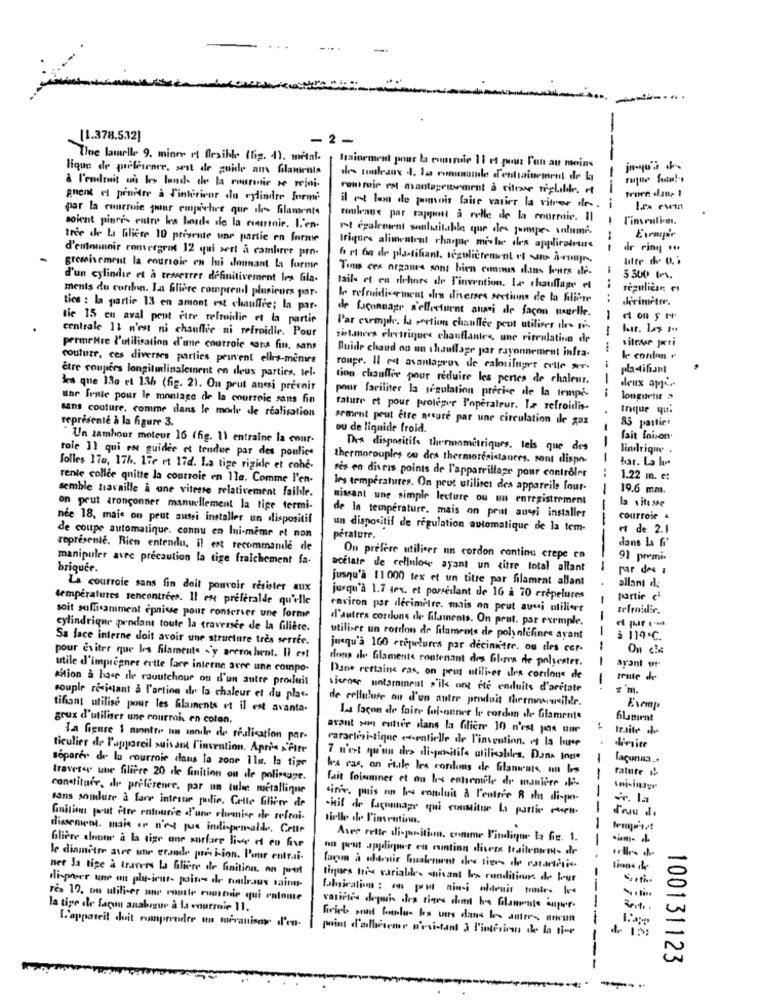
....
-
[1.378.5.32)
2 -
Time lamelle 9. minor it flexible (fig. 1). writal.
lique de prelevare, sest de guide an Glaments
hainement pour la comroir 11 et pout Pun au moins
jn-qu'2 .
drs rouleaux 4. la comonudle d'entrainement de la
à l'endroit où les lands de la roumanie se rejoi-
courir est avantagesment à sifrase réglable. et
great et proidre à d'intérieur du cylindre form
par la courroie juinr empicture que ile- Glamento
il ot bon de pomois faire vasier la vitres de -.
rouleaux par rapport a rolle de la courmie. Il
Tinveuli-m.
soient pinris entre les bosde sie la cortnie. L'en-
est également sosluilable que des jumpes salumi.
tree de la Gliese 10 presente une partie en forme
---
d'emounnir romergrin 12 qui sert à combrer pro.
triques alimentent chaque mis he des applirateurs
ilr ring ..
f Mt ba de plastifiant, régulièrement of sie à-coup.
grossisement la courroie en lui donnant la forme
Tims ces organce sont bien comous dans kurs de.
d'un cylindie et à teserrer définitivement les Gila.
5 300 IP.
tail et en dehors de l'invention. La chauffage el
regulican es
ments du coren. La Gliere comprend plusieurs par-
In refroidissement des diverses sections de la Klivre
.. ..
Jerimeter.
ties : In partie 13 en amont est chauffie; In par-
tie 15 en aval peut etre refroidir et la partir
de Ligonnage s'effectuent aussi de façon usuelle.
1
centrale 11 n'est ni chauffer ni refroidir. Pour
Par exemple. la section chauffée peut utiliser des s-
sistances electriques chauffantes, une riteulation de
vitesse peri
permeHre l'utilisation d'une courroie sans fin, sans
couture, ces diverses parties prinent elles-mêmes
Ruide chaud on un chauffage par rayonnement infra-
k cordon
roupe. Il ct avantageux de calmifuger celle ar
pla-tifiant
être coupees longitudinalement en deux parties. tel.
tion chauffer pour réduire les pertes de chaleur.
-
kes que 13a et 1.36 (fig. 21. On peut aussi prevoir
deux apja
uhr frnie pour le montage de la courroie sans fin
pour faciliter la régulation precise de la tempé.
longitent >
sans couture, comme dans le mode de realisation
rature et pour proteger l'operaleur. La refroidis-
Inque qu.
représente à la figure 3.
sement peut Etre nesure par une circulation ile gaz
85 partiet
ou de liquide froid.
" Un zamhour moteur 16 (fig. 11 entraîne la cour-
fait foison
role 11 qui ros guidee et tendue par des ponlice
Thes dispositifs the rummetriques, tels que des
lindrique
thermocouples ou des thermoresistances. sont dispo-
-
har. La l
folles 170, 176. 17e rt 17d. La tige rigide et cohé-
rente collce qnitte la courroie en 11a. Comme l'en-
res en diveis points de l'appareillage pour contrôler
1.22 m. c:
semble travaille a une vitesse relativement faible.
les températures. On peut utiliser des appareils four-
19.6 mm.
missant une simple lecture ou un enregistrement
on peut dronconner manuellement la tige termi-
Is vitesse
nee 18, maie on peut aussi installer un dispositif
de la temperature. mais on peut aussi installer
--
courroie
un dispositif de regulation automatique de la tem-
et de 2.1
de coupe automatique. connu en lui-même et non
pérature.
représente. Rien entendu, il est recommande de
dans La 6'
manipuler avec précaution la tige fraichement fa-
On prefere utiliser un cordon continu crepe co
91 premi-
briquee.
acetate de cellulose ayant un titre total allant
jusqu'à 11000 tex et un titre par filament allant
allant de
La courroie sans fin doit pouvoir resister aux
temperatures rencontrées. Il est preferalde qu'elle
jusqu'à 1.7 4rx. et possédant de 16 à 70 crépelures
partie
environ par decimitre. mais on peut aussi utiliser
tefraidir.
soit suffisamment epnivse pour conserver une forme
d'autres cordons de filaments. On peut. par exemple.
cylindrique pendant toute la traversée de la filière.
Sa face interne doit avoir une structure tres serrer.
utiliser un cordon de filamems de poly olefines ayant
à 119.C.
jusqu'à 100 crepelures par decinitre, ou des cor-
On che
pour eviter que les filamente s'y arerochent. Il est
dons de Gilaments contenant des Glerrs de polyester.
---
utile d'impregner ertte fare interne arre une compo-
ayant or-
Milion a hace de caoutchouc ou d'un autre produit
Pane rettaine cas, on peut utiliser dra corrione de
tente de
viernes untarmineal s'ils ont ete enduits d'aritate
'm.
couple resistant à l'artion de la chaleur et du plac.
de cellulose ou d'un autre produit thermoscusibile.
tifiant utilise pour les Slaments et il est avanta.
Exemp
grux d'utiliser une courroi en colan.
La façon de faire foi-onner le cordon .he Glamente
6Lament
avant son cutter dans la filière 10 n'est pas une
tr.site de
Ta figure 1 mintre un anoile de réalisation par-
ticulier de l'appareil suivant l'invention. Apris s'Pore
caractéristique essentielle de l'invention. es la buse
limite
7 n'est qu'un des dispositifs utilisables. Dans joue
séparer de la courroie dans la zone 1lu. la tige
les ras, on stile les cordons de Glaments, on los
rature 1
traverser une filière 20 de finition ou de polissage.
constituer, dr preference. par un tule metallique
fait foisoner et ou ls entiemile de manière di
sinir. pais on hs concluir à l'eausie R du di-per-
sans soudure a fare intesur polie. Celle Gliere de
-kit de Laquosage qui constitue la partie reset.
Gnition prut itte entounie d'une clumise de refmi-
Mirtle de l'invention.
dissement. mais or n'est pus indispensalde. Cette
Aser telte di-position, comme l'indique la fig. 1.
-
Gliere doute a la tige une surface live ef en five
on peut appliquer eu contion divers teilenmet- de
le diamitre ave une grande précision. Pour entrai.
ner Ja tige à travers la filière de finition. on print
façon à ularair bualmun dos siers de rotantisie.
disposer une on pla-irus- paines de roulraus sainn-
tigers his variables isant les conditions de leur
fabrication : on peut nimi obtenir tomde- Ice
res 19, ou utiliser une roule cumsmuir qui enlome
la tige de facon anabegur à la courroie 11.
vasilie depuis des siers dont le Glaumate caper-
Wviel sont Bonnlu- bs mrs dans les autres, aucun
L'appareil doit romprendre un meranisor d'en-
prim d'acheseme p'esistant 3 l'interivan de la tive
100131123